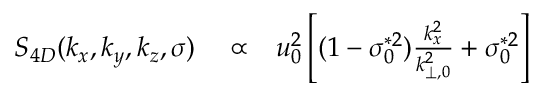
\begin{array} { r l r } { S _ { 4 D } ( k _ { x } , k _ { y } , k _ { z } , \sigma ) } & { { } \propto } & { u _ { 0 } ^ { 2 } \left[ ( 1 - \sigma _ { 0 } ^ { * 2 } ) \frac { k _ { x } ^ { 2 } } { k _ { \perp , 0 } ^ { 2 } } + \sigma _ { 0 } ^ { * 2 } \right] } \end{array}